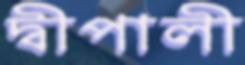
দ্বীপালী